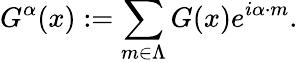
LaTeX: G^{\alpha}(x):=\sum_{m\in\Lambda}G(x)e^{i\alpha\cdot m}.